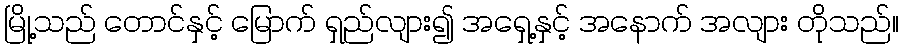
မြို့သည် တောင်နှင့် မြောက် ရှည်လျား၍ အရှေ့နှင့် အနောက် အလျား တိုသည်။